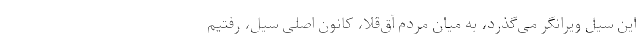
این سیل ویرانگر می‌گذرد، به میان مردم آق‌قلا، کانون اصلی سیل، رفتیم